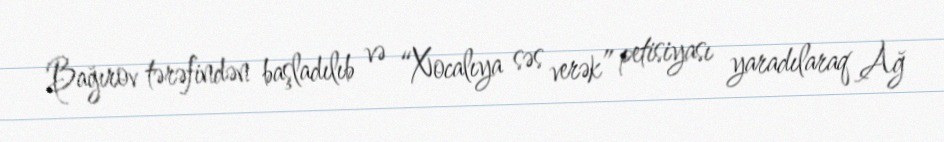
Bağırov tərəfindən başladılıb və “Xocalıya səs verək” petisiyası yaradılaraq Ağ